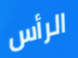
الرأس